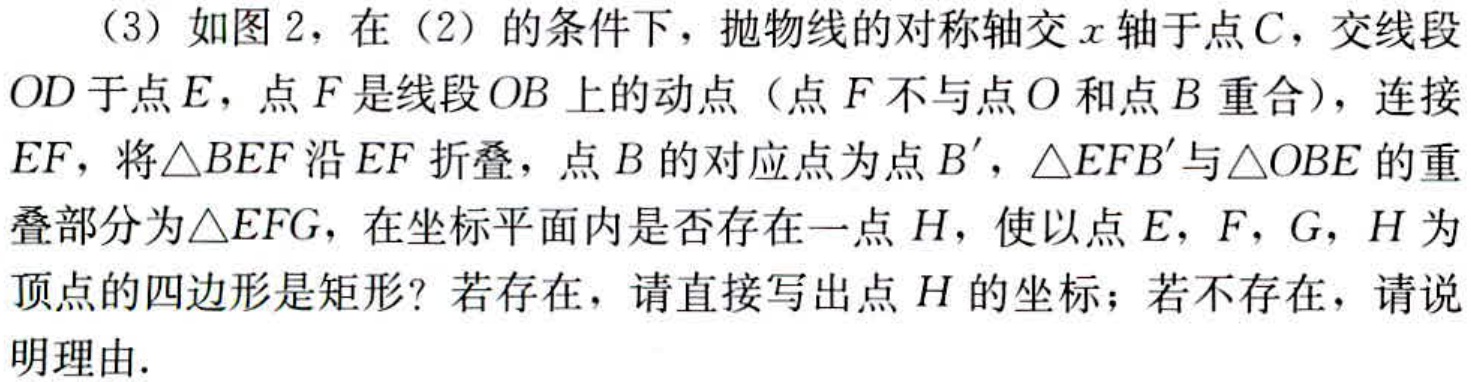
（3）如图2，在（2）的条件下，抛物线的对称轴交\(x\)轴于点\(C\)，交线段\(OD\)于点\(E\)，点\(F\)是线段\(OB\)上的动点（点\(F\)不与点\(O\)和点\(B\)重合），连接\(EF\)，将\(\triangle BEF\)沿\(EF\)折叠，点\(B\)的对应点为点\(B'\)，\(\triangle EFB'\)与\(\triangle OBE\)的重叠部分为\(\triangle EFG\)，在坐标平面内是否存在一点\(H\)，使以点\(E\)，\(F\)，\(G\)，\(H\)为顶点的四边形是矩形？若存在，请直接写出点\(H\)的坐标；若不存在，请说明理由.